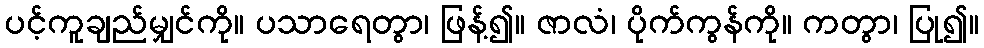
ပင့်ကူချည်မျှင်ကို။ ပသာရေတွာ၊ ဖြန့်၍။ ဇာလံ၊ ပိုက်ကွန်ကို။ ကတွာ၊ ပြု၍။